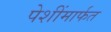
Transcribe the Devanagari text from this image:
पेशींमार्फत